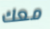
معك